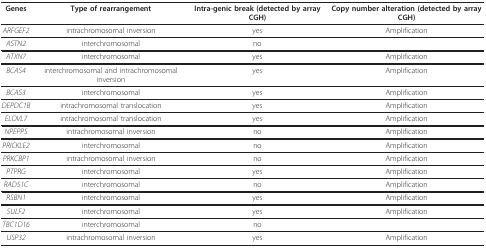
<table><thead><tr><td><b>Genes</b></td><td><b>Type of rearrangement</b></td><td><b>Intra-genic break (detected by array CGH)</b></td><td><b>Copy number alteration (detected by array CGH)</b></td></tr></thead><tbody><tr><td><i>ARFGEF2</i></td><td>intrachromosomal inversion</td><td>yes</td><td>Amplification</td></tr><tr><td><i>ASTN2</i></td><td>interchromosomal</td><td>no</td><td></td></tr><tr><td><i>ATXN7</i></td><td>interchromosomal</td><td>yes</td><td>Amplification</td></tr><tr><td><i>BCAS4</i></td><td>interchromosomal and intrachromosomal inversion</td><td>yes</td><td>Amplification</td></tr><tr><td><i>BCAS3</i></td><td>interchromosomal</td><td>yes</td><td>Amplification</td></tr><tr><td><i>DEPDC1B</i></td><td>intrachromosomal translocation</td><td>yes</td><td>Amplification</td></tr><tr><td><i>ELOVL7</i></td><td>intrachromosomal translocation</td><td>yes</td><td>Amplification</td></tr><tr><td><i>NPEPPS</i></td><td>intrachromosomal inversion</td><td>no</td><td>Amplification</td></tr><tr><td><i>PRICKLE2</i></td><td>interchromosomal</td><td>no</td><td>Amplification</td></tr><tr><td><i>PRKCBP1</i></td><td>intrachromosomal inversion</td><td>no</td><td>Amplification</td></tr><tr><td><i>PTPRG</i></td><td>interchromosomal</td><td>yes</td><td>Amplification</td></tr><tr><td><i>RAD51C</i></td><td>interchromosomal</td><td>no</td><td>Amplification</td></tr><tr><td><i>RSBN1</i></td><td>interchromosomal</td><td>yes</td><td>Amplification</td></tr><tr><td><i>SULF2</i></td><td>interchromosomal</td><td>yes</td><td>Amplification</td></tr><tr><td><i>TBC1D16</i></td><td>interchromosomal</td><td>no</td><td></td></tr><tr><td><i>USP32</i></td><td>intrachromosomal inversion</td><td>yes</td><td>Amplification</td></tr></tbody></table>